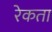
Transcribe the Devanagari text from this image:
रेकता